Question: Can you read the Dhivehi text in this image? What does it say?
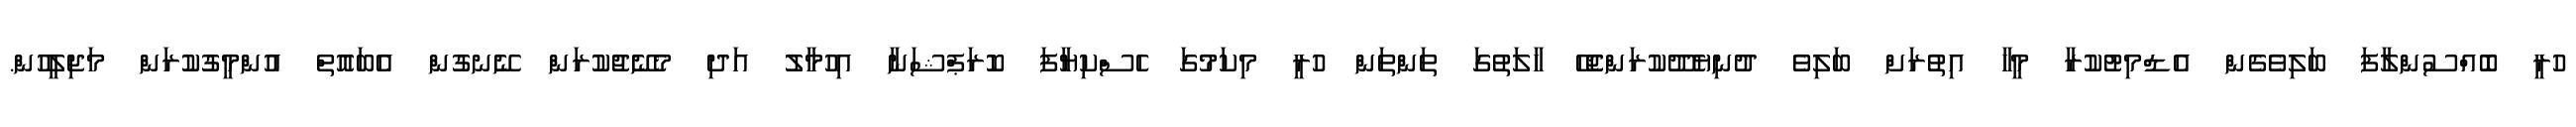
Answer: ހުރީ ބޮއްސުންލާފަ ބަލިވެގެން އެޑްމިޓުކުރާ މީހާ އިތުރަށް ބަލިވެ ދުނިޔެދޫކުރަންޖެހޭ ހާލަތުގަ ތަންތަން ހުރީ މިކަމުގަ ހެސްކިޔާފަ ކޮރަޕްޝަނާ އިހުމާލު އަދި މެނޭޖުކުރަން ނޭނގުން އެބައޮތް އުންމީގުކުރަން މަޖިލީހުން.